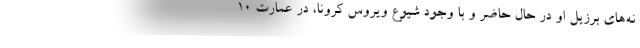
نه‌های برزیل او در حال حاضر و با وجود شیوع ویروس کرونا، در عمارت ۱۰